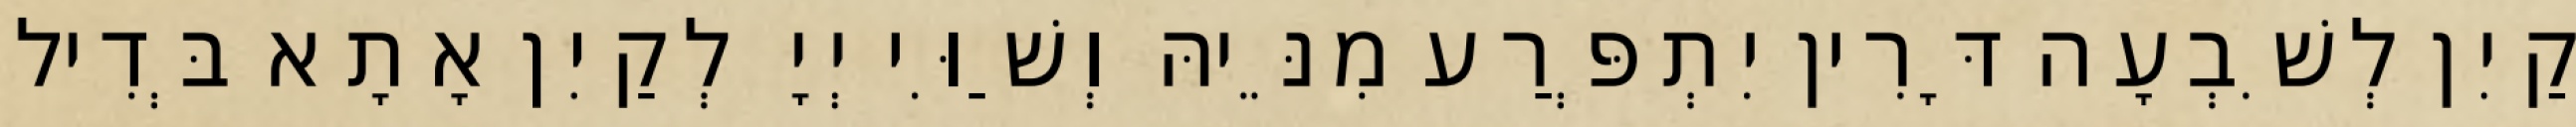
קַיִן לְשִׁבְעָה דָּרִין יִתְפְּרַע מִנֵּיהּ וְשַׁוִּי יְיָ לְקַיִן אָתָא בְּדִיל